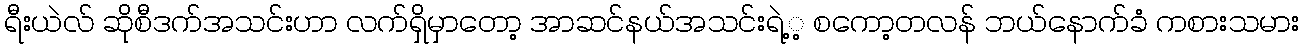
ရီးယဲလ် ဆိုစီဒက်အသင်းဟာ လက်ရှိမှာတော့ အာဆင်နယ်အသင်းရဲ့့ စကော့တလန် ဘယ်နောက်ခံ ကစားသမား